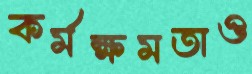
কর্মক্ষমতাও